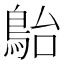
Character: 𩿡